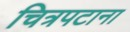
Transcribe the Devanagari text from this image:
चित्रपटाना